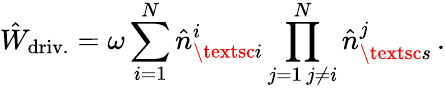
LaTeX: \hat{W}_{\mathrm{driv.}}=\omega\sum_{i=1}^{N}\hat{n}_{\textsc{i}}^{i}\prod_{\substack{j=1\, j\neq i}}^{N}\hat{n}_{\textsc{s}}^{j}\, .